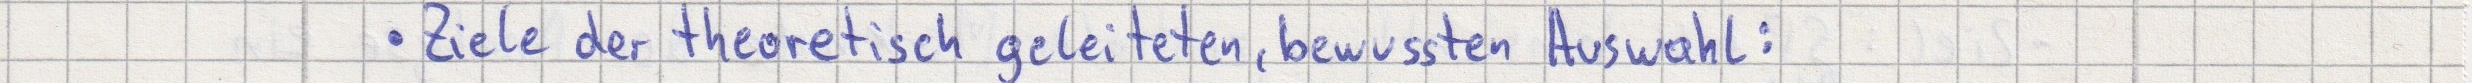
- Ziele der theoretisch geleiteten, bewussten Auswahl: